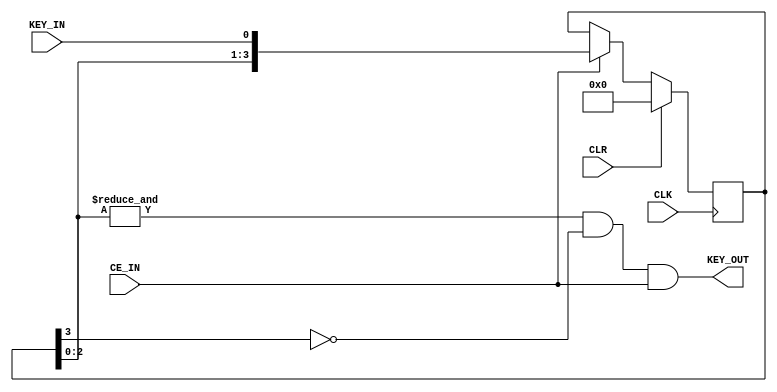
`timescale 1ns / 1ps

module Debounce (
	input 			CLK,
	input 			CLR,
	input 			CE_IN, // CE z preskalera
	input           KEY_IN, // dana wejsciowa
	output 			KEY_OUT // moment bramki AND dla &P_OUT[2:0] z ~P_OUT[3] ('1' tylko przez chwile po wcisnieciu)
);
	
	reg [3:0] P_OUT; // pierwsze 3 pozycje normalnie, 4. pozycja odwrocona

   always @(posedge CLK)
	begin
		if(CLR)
			P_OUT <= 4'd0;
		else if (CE_IN)
				P_OUT <= {P_OUT[2:0],KEY_IN};
	end
				
	assign KEY_OUT = (&P_OUT[2:0]) & ~P_OUT[3] & CE_IN; // kiedy sygnal '1' wejdzie dopiero na pierwsze 3 pozycje rejestru, a wiec ~P_OUT[3] == 1
endmodule